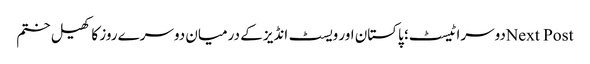
Next Postدوسرا ٹیسٹ؛ پاکستان اور ویسٹ انڈیز کے درمیان دوسرے روز کا کھیل ختم